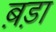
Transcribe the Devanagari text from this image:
ब़ड़ा